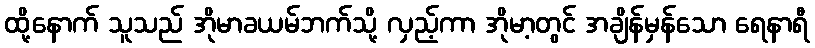
ထို့နောက် သူသည် အိုမာခယမ်ဘက်သို့ လှည့်ကာ အိုမာ့တွင် အချိန်မှန်သော ရေနာရီ